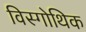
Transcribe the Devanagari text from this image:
विस्गोथिक